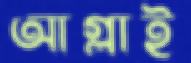
আগ্‌লাই